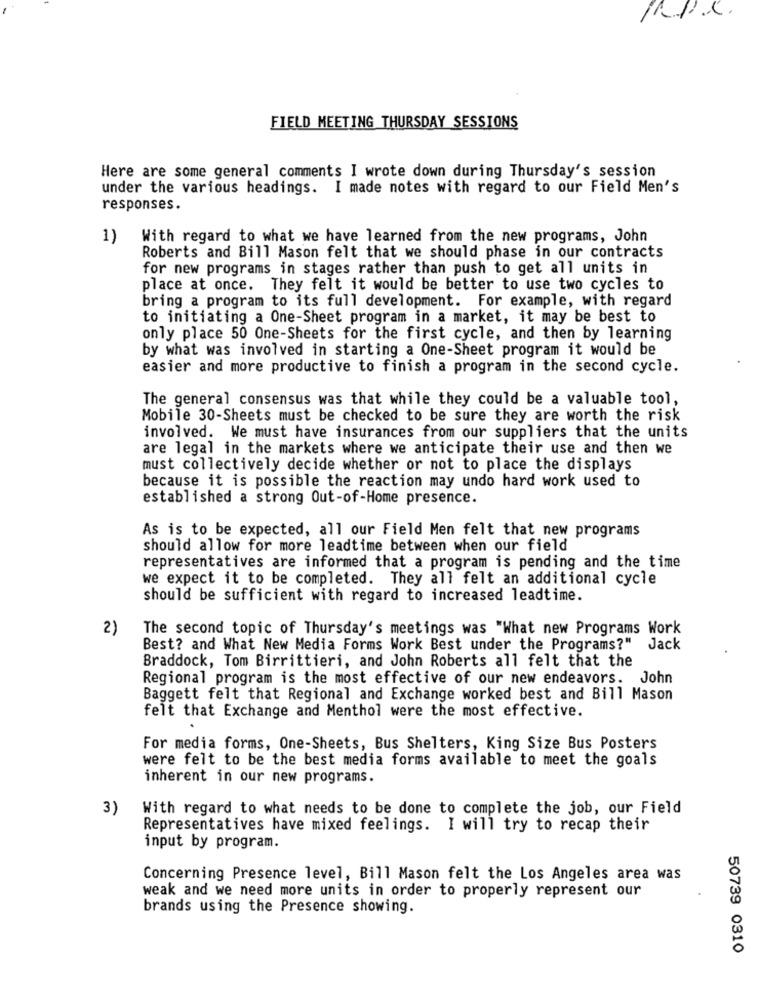
FIELD MEETING THURSDAY SESSIONS
Here are some general comments I wrote down during Thursday's session
under the various headings. I made notes with regard to our Field Men's
responses.
1)
With regard to what we have learned from the new programs, John
Roberts and Bill Mason felt that we should phase in our contracts
for new programs in stages rather than push to get all units in
place at once. They felt it would be better to use two cycles to
bring a program to its full development. For example, with regard
to initiating a One-Sheet program in a market, it may be best to
only place 50 One-Sheets for the first cycle, and then by learning
by what was involved in starting a One-Sheet program it would be
easier and more productive to finish a program in the second cycle.
The general consensus was that while they could be a valuable tool,
Mobile 30-Sheets must be checked to be sure they are worth the risk
involved. We must have insurances from our suppliers that the units
are legal in the markets where we anticipate their use and then we
must collectively decide whether or not to place the displays
because it is possible the reaction may undo hard work used to
established a strong Out-of-Home presence.
As is to be expected, all our Field Men felt that new programs
should allow for more leadtime between when our field
representatives are informed that a program is pending and the time
we expect it to be completed. They all felt an additional cycle
should be sufficient with regard to increased leadtime.
2)
The second topic of Thursday's meetings was "What new Programs Work
Best? and What New Media Forms Work Best under the Programs?"
Jack
Braddock, Tom Birrittieri, and John Roberts all felt that the
Regional program is the most effective of our new endeavors. John
Baggett felt that Regional and Exchange worked best and Bill Mason
felt that Exchange and Menthol were the most effective.
For media forms, One-Sheets, Bus Shelters, King Size Bus Posters
were felt to be the best media forms available to meet the goals
inherent in our new programs.
3)
With regard to what needs to be done to complete the job, our Field
Representatives have mixed feelings. I will try to recap their
input by program.
Concerning Presence level, Bill Mason felt the Los Angeles area was
weak and we need more units in order to properly represent our
brands using the Presence showing.
50739 0310